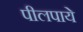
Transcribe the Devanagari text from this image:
पीलपाये